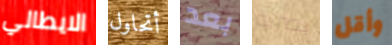
الايطالي أتحاول بعد بصرية وأقل